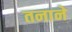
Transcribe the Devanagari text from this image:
तनाने